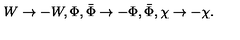
W \rightarrow - W , \Phi , \bar { \Phi } \rightarrow - \Phi , \bar { \Phi } , \chi \rightarrow - \chi .